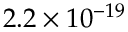
2 . 2 \times 1 0 ^ { - 1 9 }